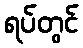
ရပ်တွင်